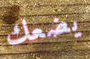
يضعك